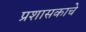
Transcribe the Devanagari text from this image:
प्रशासकाचे